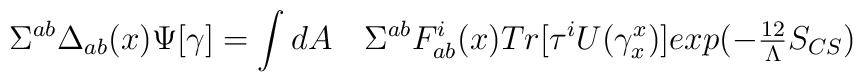
\Sigma^{ab} \Delta_{ab}(x) \Psi[\gamma] = \int dA \quad \Sigma^{ab}F_{ab}^i(x) Tr[\tau^i U(\gamma_x^x)] exp(-{\textstyle {12 \over\Lambda}} S_{CS})